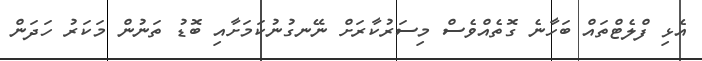
އެޅި ފްލެޓްތައް ބަހާނެ ގޮތެއްވެސް މިސަރުކާރަށް ނޭނގުނުކަމަށާއި ބޮޑު ތަނުން މަކަރު ހަދަން